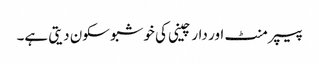
پیپر منٹ اور دار چینی کی خوشبو سکون دیتی ہے۔